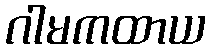
ဂါမကထာယ